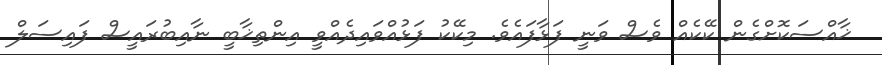
ޚާއްސަކޮށްގެން ކޭކެއް ވެސް ވަނީ ފަޅާފައެވެ. މިކޭކު ފަޅުއްވައިދެއްވީ އިންތިޚާބީ ނާއިބުރައީސް ފައިސަލް